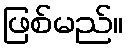
ဖြစ်မည်။